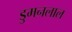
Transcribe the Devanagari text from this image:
डुमनलाल